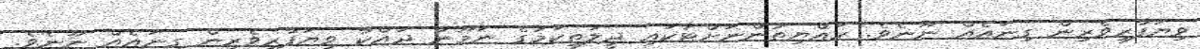
ވިޔަފާރިވެރިން ގިނައެއް ނޫނެވެ. ރައްޔިތުންނަށްޓަކައި ދީލަތިކަމުގެ ނަމޫނާ ދައްކާ ވިޔަފާރިވެރިން ގިނައެއް ނޫނެވެ.